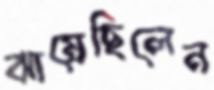
ঝাম্‌রেছিলেন